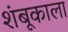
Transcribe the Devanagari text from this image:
शंबूकाला